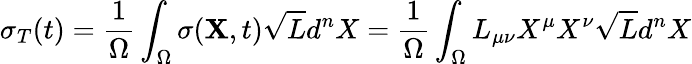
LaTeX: \sigma_{T}(t)=\frac{1}{\Omega}\int_{\Omega}\sigma({\mathbf X},t)\sqrt{L}d^{n}X=\frac{1}{\Omega}\int_{\Omega}L_{\mu\nu}X^{\mu}X^{\nu}\sqrt{L}d^{n}X